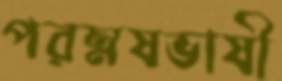
পরম্নষভাষী